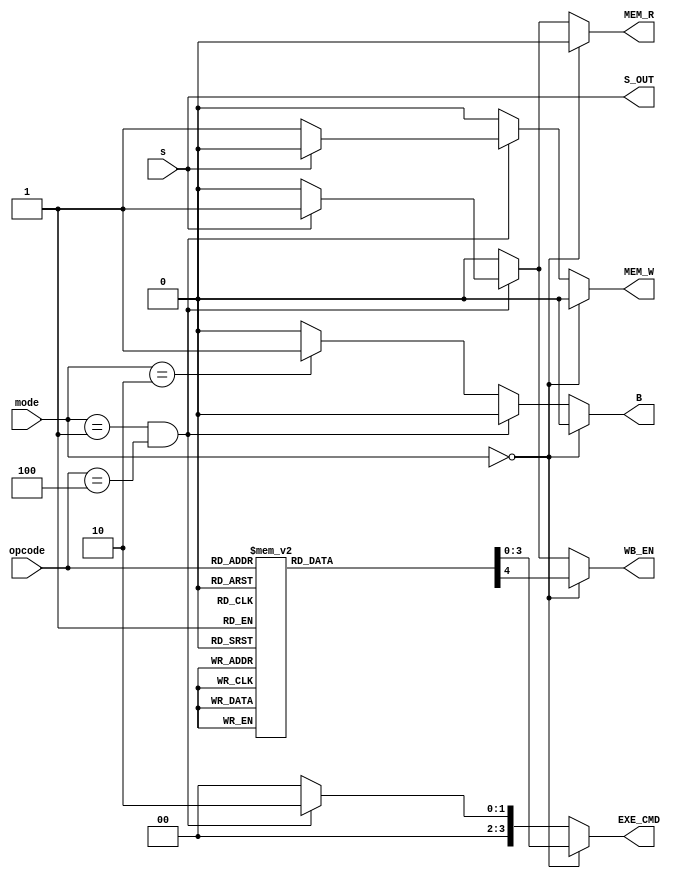
module CU(opcode,mode,s,WB_EN,MEM_R,MEM_W,B,S_OUT,EXE_CMD);
input [3:0] opcode;
input [1:0] mode;
input s;
output reg WB_EN,MEM_R,MEM_W,B,S_OUT;
output reg [3:0] EXE_CMD;

always @(*) begin
    {WB_EN,MEM_R,MEM_W,B,S_OUT,EXE_CMD}=0;
    S_OUT=s;
    if(mode==2'b00)begin
        case(opcode)
            4'b0000:{WB_EN,EXE_CMD}=5'b10110;
            4'b1101:{WB_EN,EXE_CMD}=5'b10001;
            4'b1111:{WB_EN,EXE_CMD}=5'b11001;
            4'b0100:{WB_EN,EXE_CMD}=5'b10010;
            4'b0101:{WB_EN,EXE_CMD}=5'b10011;
            4'b0010:{WB_EN,EXE_CMD}=5'b10100;
            4'b0110:{WB_EN,EXE_CMD}=5'b10101;
            4'b0000:{WB_EN,EXE_CMD}=5'b10110;
            4'b1100:{WB_EN,EXE_CMD}=5'b10111;
            4'b0001:{WB_EN,EXE_CMD}=5'b11000;
            4'b1010:{EXE_CMD}=4'b0100;
            4'b1000:{EXE_CMD}=4'b0110;
        endcase
    end
    else if(mode==2'b01&&opcode==4'b0100) begin
        if(s==1'b1)
            {MEM_R,WB_EN,EXE_CMD}=6'b110010;
        else
            {MEM_W,EXE_CMD}=5'b10010;
    end
    else if(mode==2'b10) begin
        {B}=1'b1;
    end
    
end


endmodule